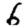
Digit: 6